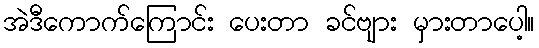
အဲဒီကောက်ကြောင်း ပေးတာ ခင်ဗျား မှားတာပေါ့။